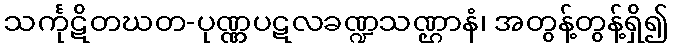
သင်္ကုဋိတဃတ-ပုဏ္ဏပဋလခဏ္ဍသဏ္ဌာနံ၊ အတွန့်တွန့်ရှိ၍